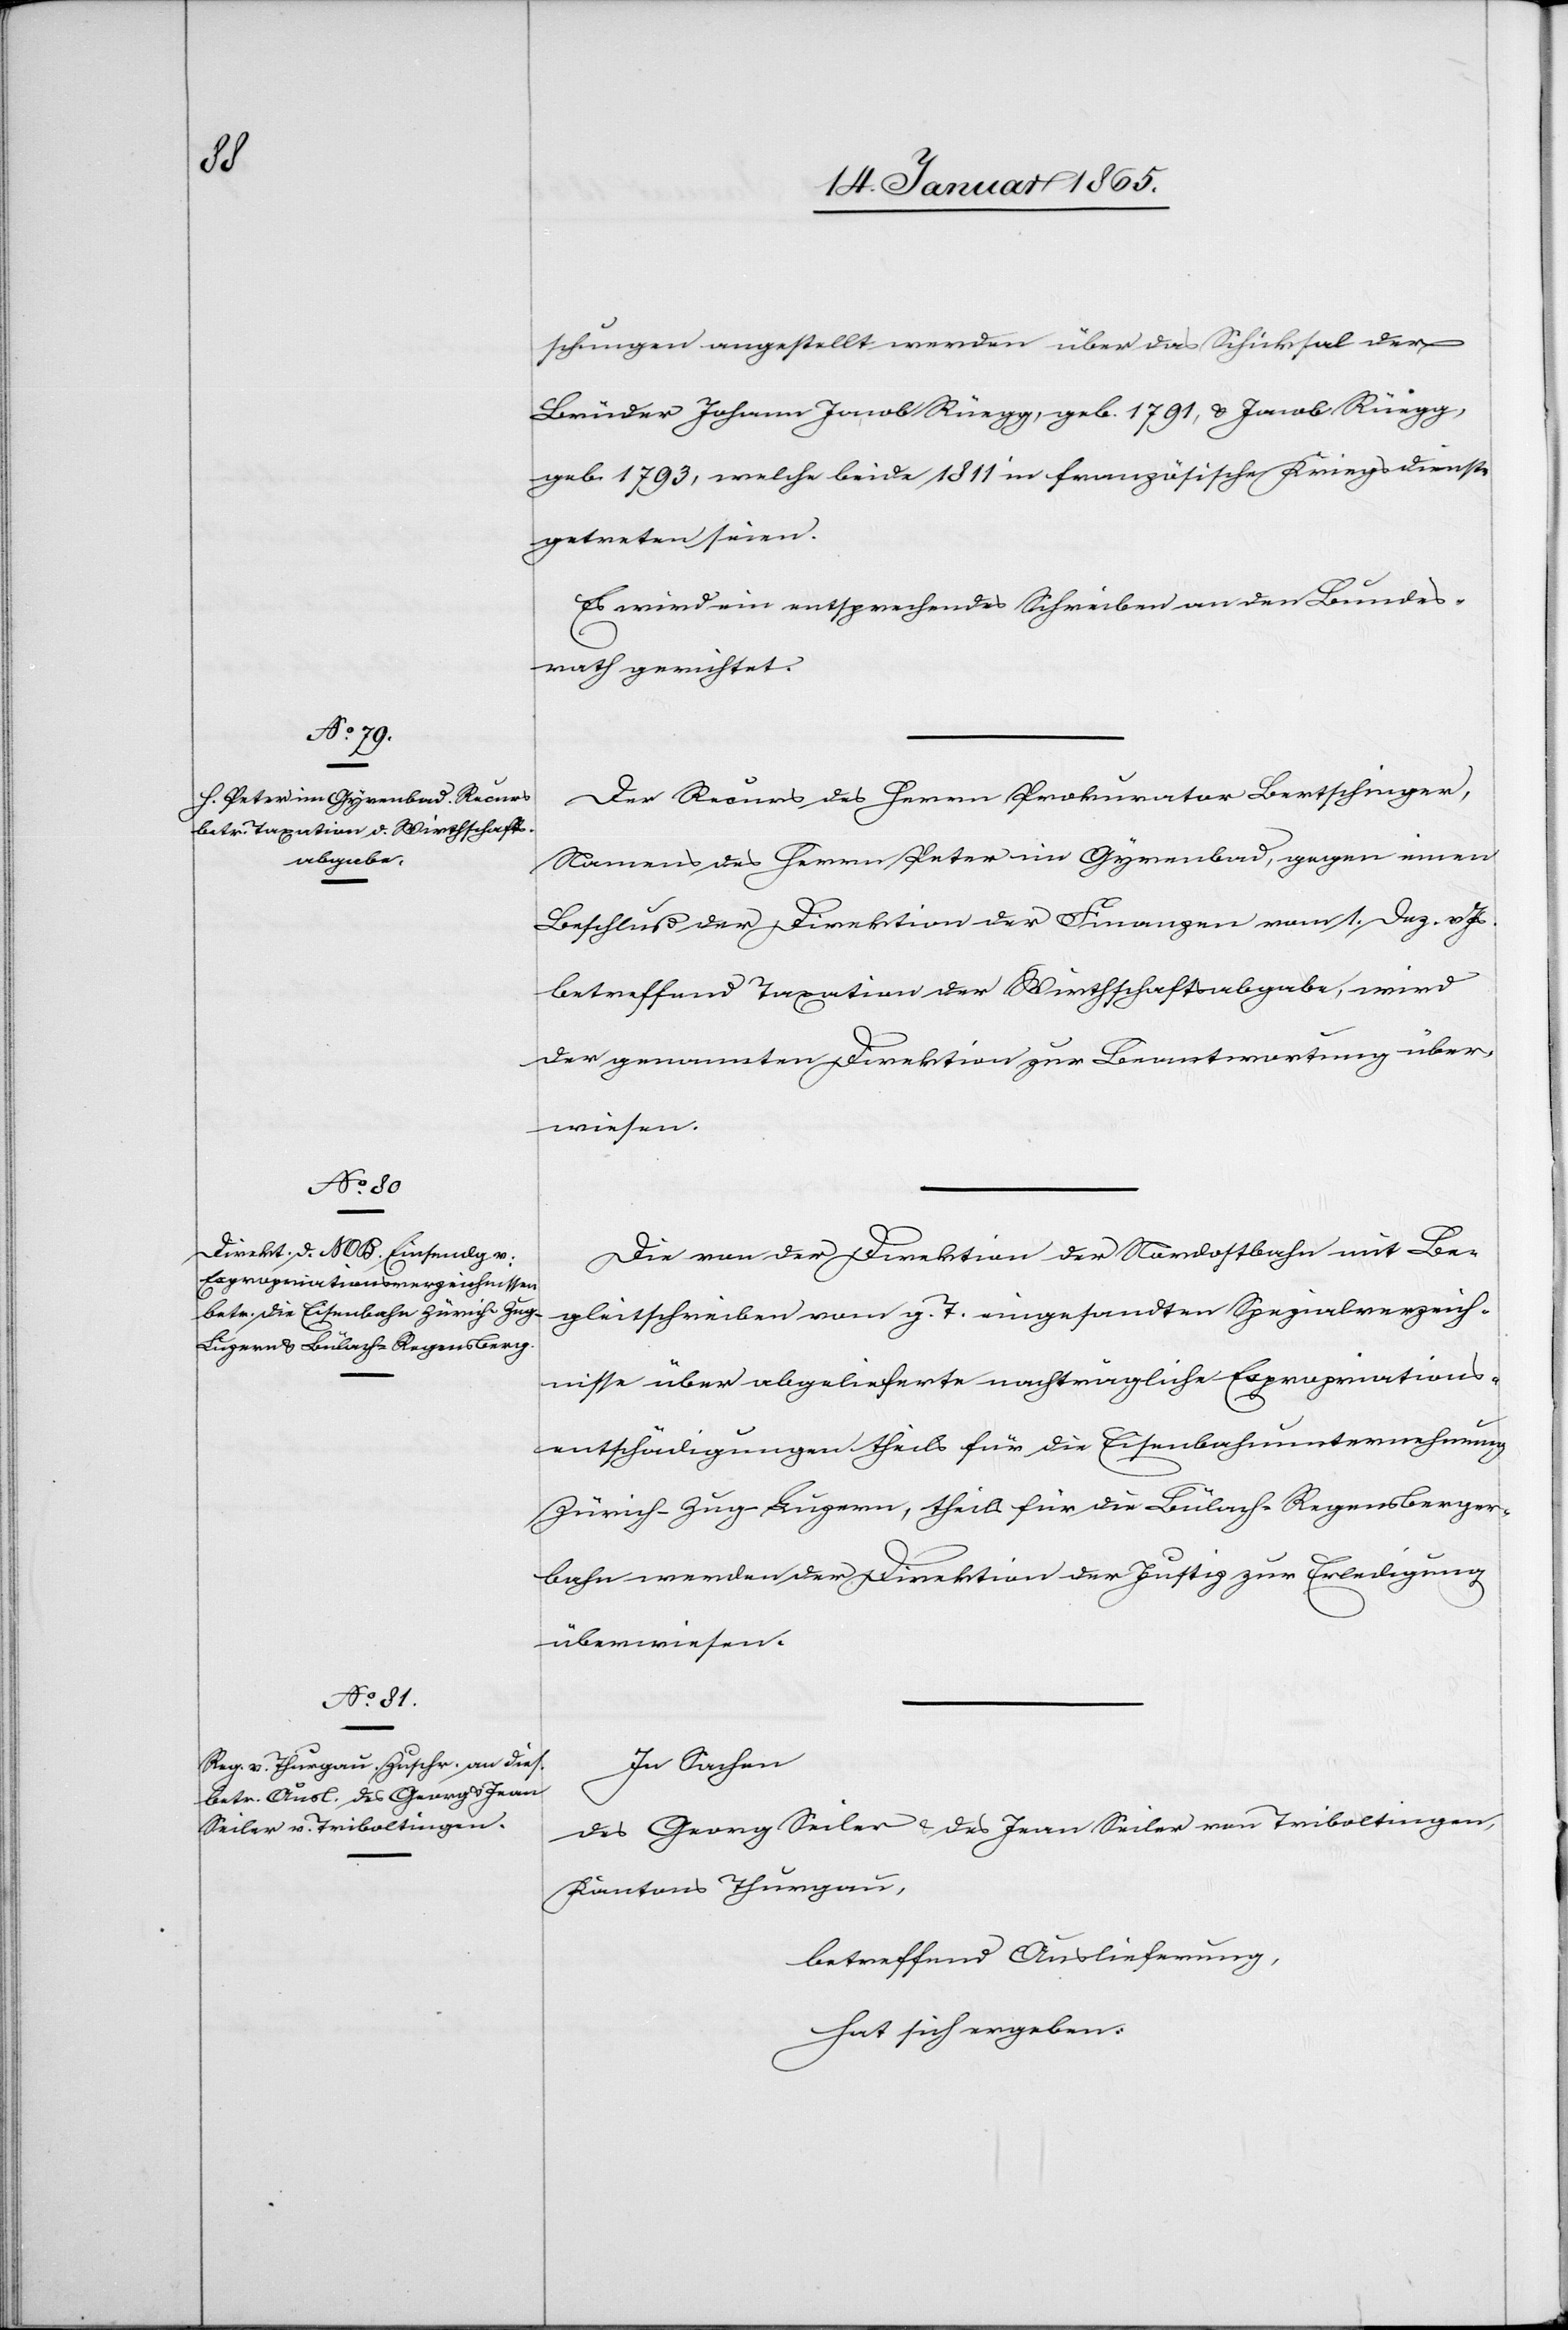
18. Januar 1865.]
schungen angestellt werden über das Schiksal der
Brüder Johann Jacob Rüegg, geb. 1791, u. Jacob Rüegg,
geb. 1793, welche beide 1811 in französische Kriegsdienste
getreten seien.
Es wird ein entsprechendes Schreiben an den Bundes¬
rath gerichtet.
Der Recurs des Herrn Prokurator Bertschinger,
Namens des Herrn Peter im Gyrenbad, gegen einen
Beschluß der Direktion der Finanzen vom 1. Dez. v. Js.
betreffend Taxation der Wirthschaftsabgabe, wird
der genannten Direktion zur Beantwortung über¬
wiesen.
Die von der Direktion der Nordostbahn mit Be¬
gleitschreiben vom g. T. eingesandten Spezialverzeich¬
nisse über abgelieferte nachträgliche Expropriations¬
entschädigungen theils für die Eisenbahnunternehmung
Zürich-Zug-Luzern, theils für die Bülach-Regensberger¬
bahn werden der Direktion der Justiz zur Erledigung
überwiesen.
In Sachen
des Georg Seiler u. des Jean Seiler von Triboltingen,
Kantons Thurgau,
betreffend Auslieferung,
hat sich ergeben: